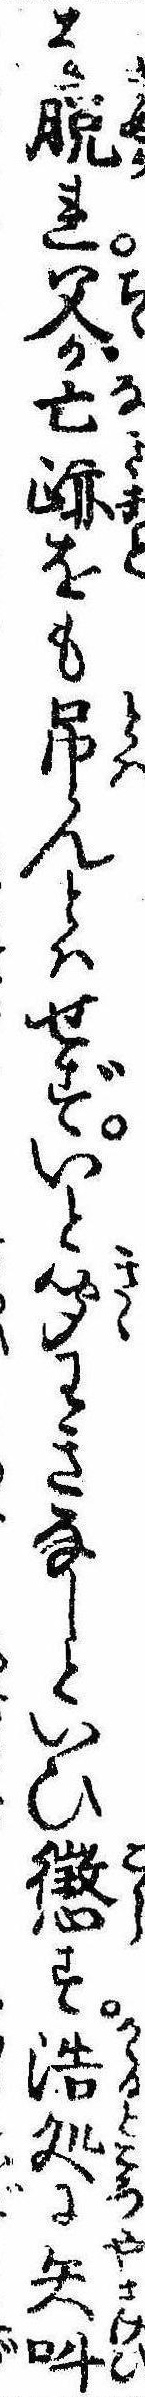
を脱れ父が亡跡をも吊んとはせずいと聞わきなしといひ懲す浩処に矢叫